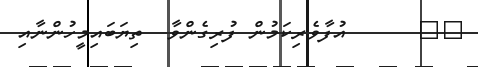
٧٠      އުފާވެރިކަމުން ފުރިގެންވާ  ތިޔަބައިމީހުންނާއި